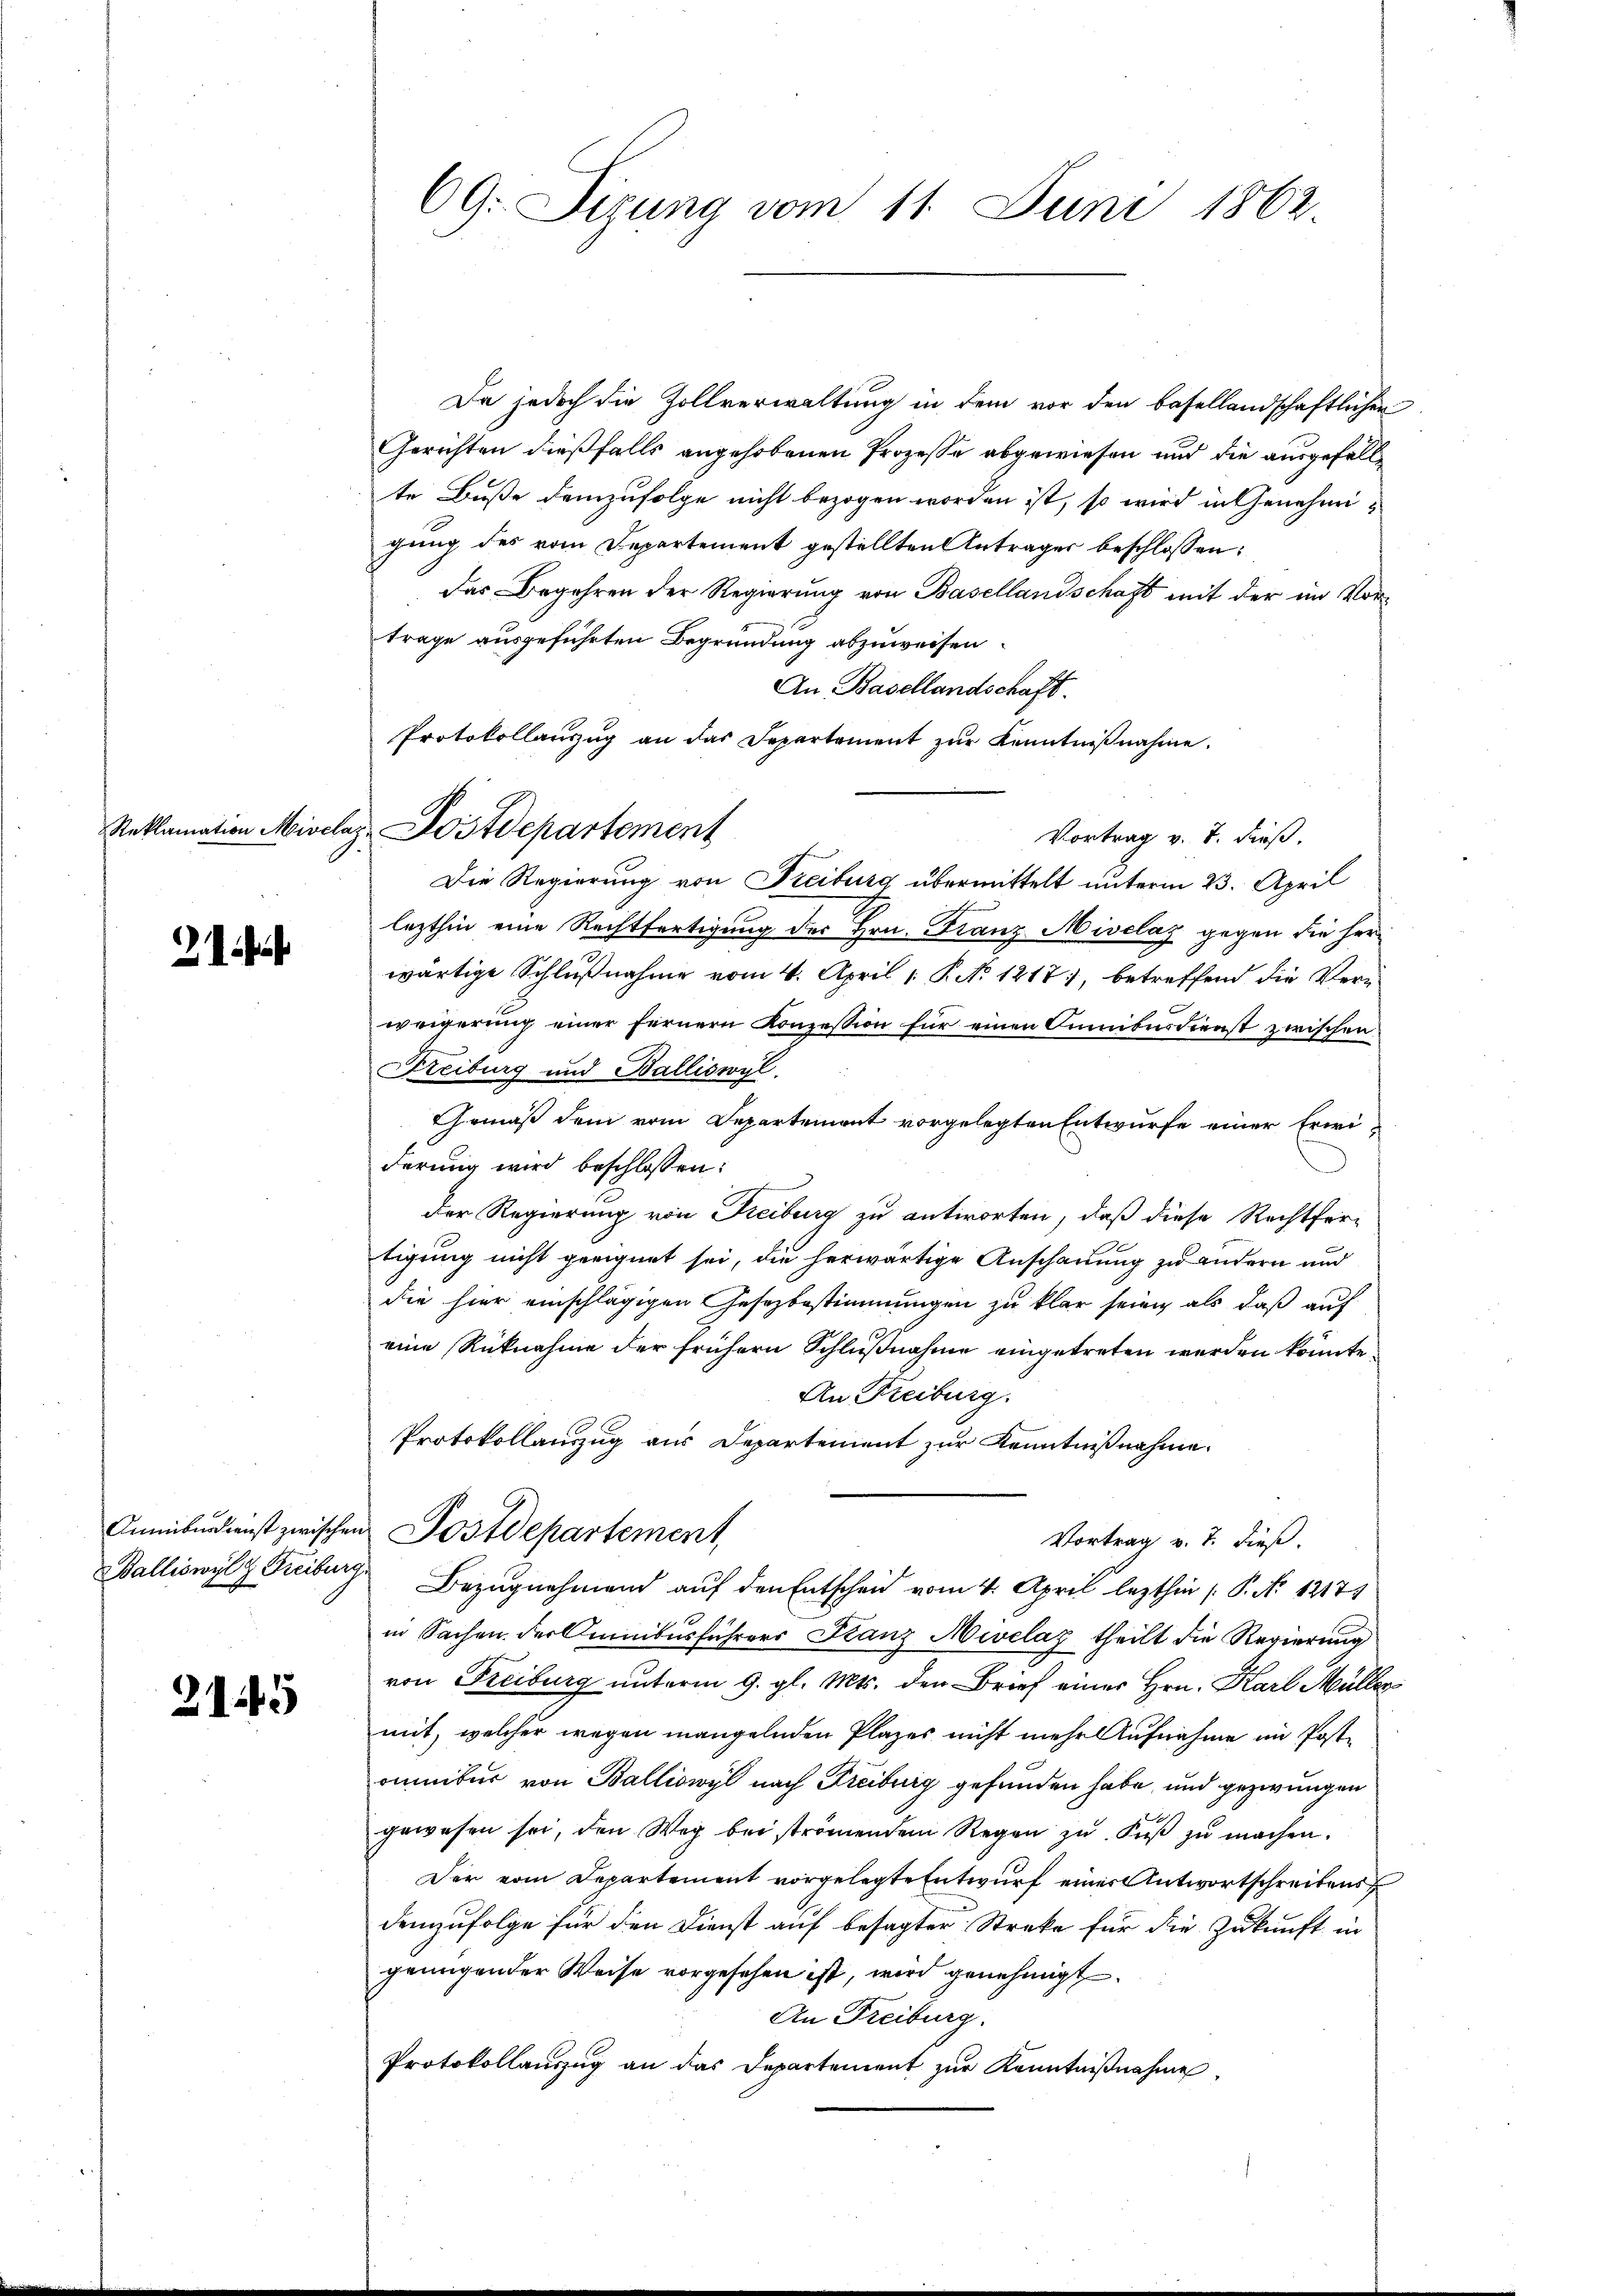
Reklamation Miver

2f

2145

ez. Postdepartement

CG: Sirung vom 11. Juni 1862.

Da jedoch die Zollverwaltung in dem vor den basellandschaftlichen
Gerichten dießfalls angehobenen Prozesse abgewiesen und die ausgefällte Buße demzufolge nicht bezogen worden ist, so wird in Genehmigung des vom Departement gestellten Antrages beschlossen:
das Begehren der Regierung von Basellandschaft mit der im Vortrage ausgeführten Begründung abzuweisen.
An Basellandschaft.
Protokollanzŭg an das Separtement zŭr Kenntniβnahme.
Vortrag v. 7. dieß.
Die Regierung von Freiburg übermittelt unterm 23. April
lezthin eine Rechtfertigung des Hrn. Franz-Hiselaz gegen die herwärtige Schlußnahme vom 4. April 1 P. No 1217), betreffend die Verweigerung einer fernern Konzession für einen Sunibusdienst zwischen
Freiburg und Balliswyl.
Gemäß dem vom Departement vorgelegten Entwurfe einer Erwid
derung wird beschlossen:
der Regierung von Freiburg zu antworten, daß diese Rechtfertigung nicht geeignet sei, die herwärtige Anschauung zu andern und
die hier einschlägigen Gesezbestimmungen zu klar seien als daß auf
eine Rücknahme der frühern Schlußnahme eingetreten werden könnte.
An Freiburg.
Protokollauszug aus Departement zur Kenntnißnahme.
Anmiberdienst zwischen Postdepartement
Vortrag v. 7. dieß.
Balliswylg Freiburg, Bezugnahmend auf den Entscheid vom 4. April lezthin (: P. No 12171
in Sachen der Cunibusführers Stanz Nivelaz theilt die Regierung
von Freiburg unterm 9. gl. Mts. den Brief einer Hrn. Karl Müllermit, welcher wegen mangelnden Plazer nicht mehr Aufnahme im Postonitur von Balliswyl nach Freiburg gefunden habe, und gezwungen
gewesen sei, den Weg bei strömendem Regen zŭ Fŭβ zŭ machen.
Der vom Departement vorgelegte Entwurf einer Antwortschreibens
demzufolge für den Dienst auf besagter Streke für die Zukunft in
genügender Weise vorgesehen ist, wird genehmigt.
An Freiburg.
Protokollauszug an das Departement zur Kenntnißnahme